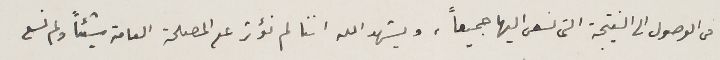
فى الوصول الى النتيجة التى نسعى اليها جميعاً، ويشهد الله اننا لم نؤثر على المصلحة العامة شيئاً ولم نسعى